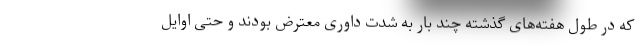
که در طول هفته‌های گذشته چند بار به شدت داوری معترض بودند و حتی اوایل